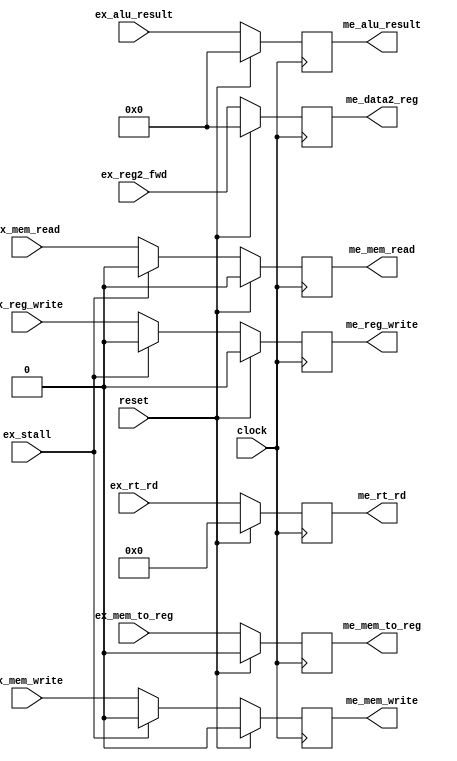
`timescale 1ns / 1ps

module Execute_Memory_Pipeline (
    input           clock,
    input           reset,
    input           ex_stall,

    input           ex_mem_read,
    input           ex_mem_write,
    input           ex_mem_to_reg,
    input           ex_reg_write,
    input [31:0]    ex_alu_result,
    input [31:0]    ex_reg2_fwd,
    input [4:0]     ex_rt_rd,

    output reg          me_mem_read,
    output reg          me_mem_write,
    output reg          me_mem_to_reg,
    output reg          me_reg_write,
    output reg [31:0]   me_alu_result,
    output reg [31:0]   me_data2_reg,
    output reg [4:0]    me_rt_rd
);

    wire me_stall = 0;

    always @ (posedge clock) begin
        me_mem_read     <= (reset) ? 1'b0   : ( (me_stall) ? me_mem_read : ( (ex_stall) ? 1'b0 : ex_mem_read));
        me_mem_write    <= (reset) ? 1'b0   : ( (me_stall) ? me_mem_write : ( (ex_stall) ? 1'b0 : ex_mem_write));
        me_mem_to_reg   <= (reset) ? 1'b0   : ( (me_stall) ? me_mem_to_reg : ex_mem_to_reg);
        me_reg_write    <= (reset) ? 1'b0   : ( (me_stall) ? me_reg_write : ( (ex_stall) ? 1'b0 : ex_reg_write));
        me_alu_result   <= (reset) ? 32'b0  : ( (me_stall) ? me_alu_result : ex_alu_result);
        me_data2_reg    <= (reset) ? 32'b0  : ( (me_stall) ? me_data2_reg : ex_reg2_fwd);
        me_rt_rd        <= (reset) ? 5'b0   : ( (me_stall) ? me_rt_rd : ex_rt_rd);
    end

endmodule // Execute_Memory_Pipeline